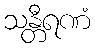
သန္တီရဏံ